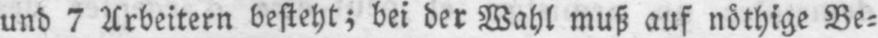
und 7 Arbeitern besteht; bei der Wahl muß auf nöthige Be⸗